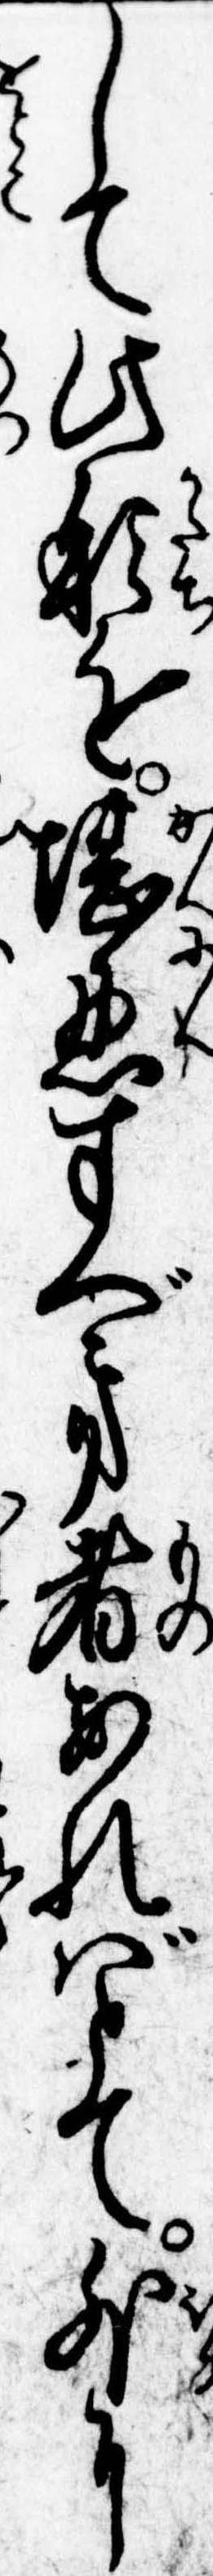
して此形を堪忍すべき者あればとて外に